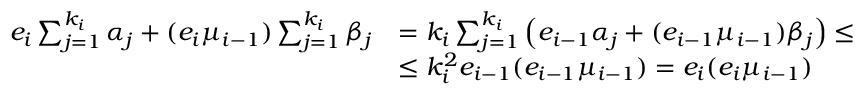
\begin{array} { r l } { e _ { i } \sum _ { j = 1 } ^ { k _ { i } } \alpha _ { j } + ( e _ { i } \mu _ { i - 1 } ) \sum _ { j = 1 } ^ { k _ { i } } \beta _ { j } } & { = k _ { i } \sum _ { j = 1 } ^ { k _ { i } } \left( e _ { i - 1 } \alpha _ { j } + ( e _ { i - 1 } \mu _ { i - 1 } ) \beta _ { j } \right) \leq } \\ & { \leq k _ { i } ^ { 2 } e _ { i - 1 } ( e _ { i - 1 } \mu _ { i - 1 } ) = e _ { i } ( e _ { i } \mu _ { i - 1 } ) } \end{array}